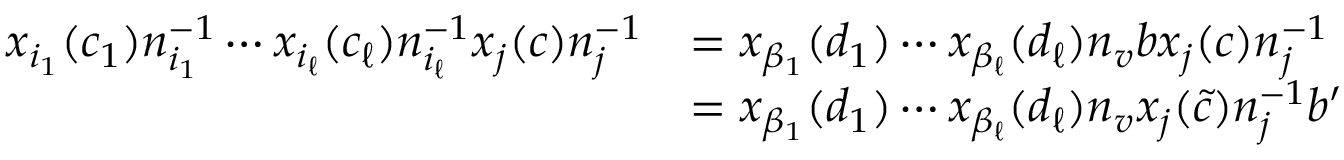
\begin{array} { r l } { x _ { i _ { 1 } } ( c _ { 1 } ) n _ { i _ { 1 } } ^ { - 1 } \cdots x _ { i _ { \ell } } ( c _ { \ell } ) n _ { i _ { \ell } } ^ { - 1 } x _ { j } ( c ) n _ { j } ^ { - 1 } } & { = x _ { \beta _ { 1 } } ( d _ { 1 } ) \cdots x _ { \beta _ { \ell } } ( d _ { \ell } ) n _ { v } b x _ { j } ( c ) n _ { j } ^ { - 1 } } \\ & { = x _ { \beta _ { 1 } } ( d _ { 1 } ) \cdots x _ { \beta _ { \ell } } ( d _ { \ell } ) n _ { v } x _ { j } ( \tilde { c } ) n _ { j } ^ { - 1 } b ^ { \prime } } \end{array}